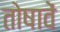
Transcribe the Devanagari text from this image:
तोषावें